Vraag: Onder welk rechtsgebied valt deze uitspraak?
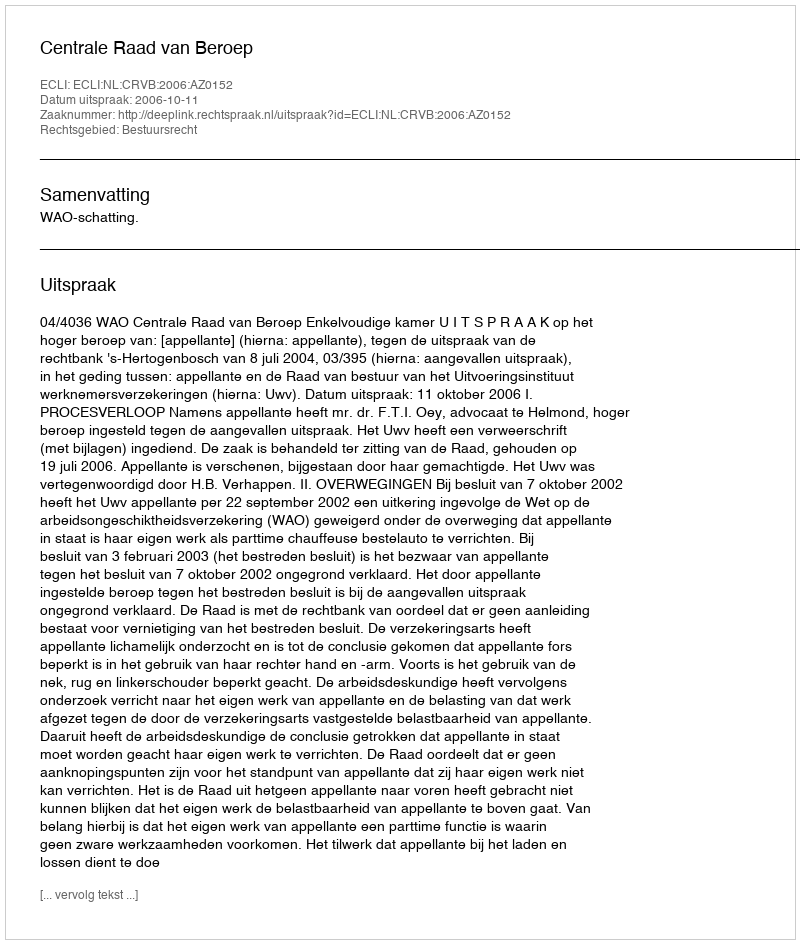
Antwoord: Bestuursrecht